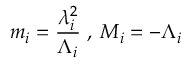
m _ { i } = \frac { \lambda _ { i } ^ { 2 } } { \Lambda _ { i } } \; , \; M _ { i } = - \Lambda _ { i }